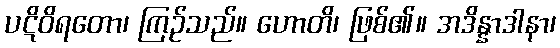
ပဋိဝိရတော၊ ကြဉ်သည်။ ဟောတိ၊ ဖြစ်၏။ အဒိန္နာဒါနာ၊